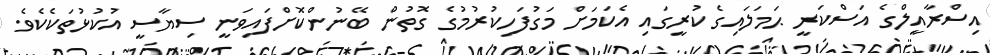
އިސްރާއީލްގެ އަސްކަރީ ޙަމަލައިގެ ކުރީގައި އެކަމަށް މަގުފަހިކުރުމުގެ ގޮތުން ބޭނުންކޮށްފައިވަނީ ސިޔާސީ އުކުޅުތަކެކެވެ.